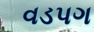
વડપગ